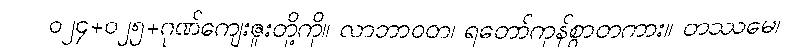
ဝ၂၄+၀၂၅+ဂုဏ်ကျေးဇူးတို့ကို။ လာဘာဝတ၊ ရတော်ကုန်စွာတကား။ တဿမေ၊